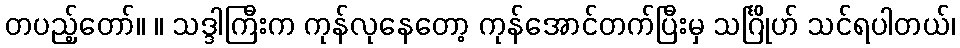
တပည့်တော်။ ။ သဒ္ဒါကြီးက ကုန်လုနေတော့ ကုန်အောင်တက်ပြီးမှ သင်္ဂြိုဟ် သင်ရပါတယ်၊